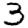
Digit: 3